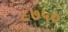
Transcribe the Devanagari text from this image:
८७५०